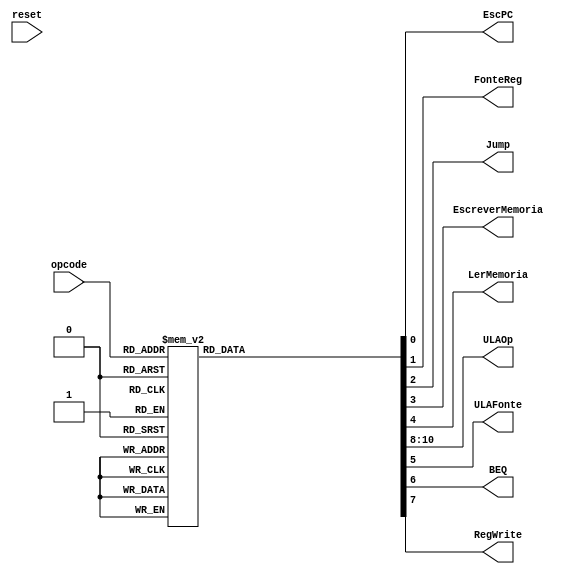
/*
Implementao em Verilog dos componentes do nRisc que armazenam estado.
Aluno: Alexandre Roque.
Disciplina: Arquitetura e Organizao de Computadores.
Professor: Mateus Felipe Tymburib Ferreira.
*/

module Controle (opcode,reset,EscPC, FonteReg, Jump, EscreverMemoria, 
									LerMemoria, ULAOp, ULAFonte, BEQ, RegWrite);

input[2:0] opcode;
input reset;
output reg[2:0] ULAOp;
output reg EscPC, FonteReg, Jump, EscreverMemoria, LerMemoria, ULAFonte, BEQ, RegWrite; 

	always @(*)
	begin
		case(opcode)

		3'b000: // ADDI
		begin
			EscPC 				<= 1'b1;		FonteReg 			<= 1'b0;
			Jump 					<= 1'b0;		EscreverMemoria	<= 1'b0;
			LerMemoria 			<= 1'b0;		ULAFonte				<= 1'b1;
			BEQ 					<= 1'b0;		RegWrite				<= 1'b1;
			ULAOp					<= 3'b000;		
		end
		
		3'b001: // ADD
		begin
			EscPC 				<= 1'b1;		FonteReg 			<= 1'b0;
			Jump 					<= 1'b0;		EscreverMemoria	<= 1'b0;
			LerMemoria 			<= 1'b0;		ULAFonte				<= 1'b0;
			BEQ 					<= 1'b0;		RegWrite				<= 1'b1;
			ULAOp					<= 3'b001;		
		end
		
		3'b010: // SUBI
		begin
			EscPC 				<= 1'b1;		FonteReg 			<= 1'b0;
			Jump 					<= 1'b0;		EscreverMemoria	<= 1'b0;
			LerMemoria 			<= 1'b0;		ULAFonte				<= 1'b1;
			BEQ 					<= 1'b0;		RegWrite				<= 1'b1;
			ULAOp					<= 3'b010;		
		end
		
		3'b011: // BEQ
		begin
			EscPC 				<= 1'b1;		FonteReg 			<= 1'b0;
			Jump 					<= 1'b0;		EscreverMemoria	<= 1'b0;
			LerMemoria 			<= 1'b0;		ULAFonte				<= 1'b1;
			BEQ 					<= 1'b1;		RegWrite				<= 1'b0;
			ULAOp					<= 3'b011;		
		end
		
		3'b100: // JUMP
		begin
			EscPC 				<= 1'b1;		FonteReg 			<= 1'b0;
			Jump 					<= 1'b1;		EscreverMemoria	<= 1'b0;
			LerMemoria 			<= 1'b0;		ULAFonte				<= 1'b1;
			BEQ 					<= 1'b0;		RegWrite				<= 1'b0;
			ULAOp					<= 3'b100;		
		end

		3'b110: // HALT
		begin
			EscPC 				<= 1'b0;		FonteReg 			<= 1'b0;
			Jump 					<= 1'b0;		EscreverMemoria	<= 1'b0;
			LerMemoria 			<= 1'b0;		ULAFonte				<= 1'b0;
			BEQ 					<= 1'b0;		RegWrite				<= 1'b0;
			ULAOp					<= 3'b000;		
		end
		
		3'b101: // SW
		begin
			EscPC 				<= 1'b1;		FonteReg 			<= 1'b0;
			Jump 					<= 1'b0;		EscreverMemoria	<= 1'b1;
			LerMemoria 			<= 1'b0;		ULAFonte				<= 1'b0;
			BEQ 					<= 1'b0;		RegWrite				<= 1'b0;
			ULAOp					<= 3'b101;		
		end
		
		3'b111: // LI
		begin
			EscPC 				<= 1'b1;		FonteReg 			<= 1'b1;
			Jump 					<= 1'b0;		EscreverMemoria	<= 1'b0;
			LerMemoria 			<= 1'b1;		ULAFonte				<= 1'b1;
			BEQ 					<= 1'b0;		RegWrite				<= 1'b1;
			ULAOp					<= 3'b111;		
		end

	endcase
end
endmodule